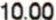
10.00